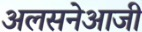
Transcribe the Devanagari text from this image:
अलसनेआजी